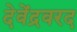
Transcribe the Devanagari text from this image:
देवेंद्रवरद